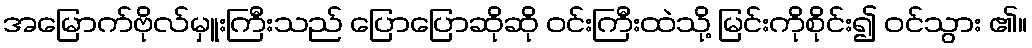
အမြောက်ဗိုလ်မှူးကြီးသည် ပြောပြောဆိုဆို ဝင်းကြီးထဲသို့ မြင်းကိုစိုင်း၍ ဝင်သွား ၏။